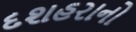
દશહરાનો